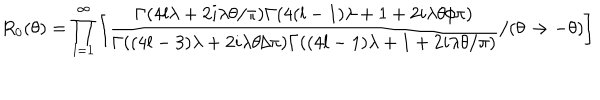
LaTeX: R _ { 0 } ( \theta ) = \prod _ { l = 1 } ^ { \infty } \left[ \frac { \Gamma ( 4 l \lambda + 2 i \lambda \theta / \pi ) \Gamma ( 4 ( l - 1 ) \lambda + 1 + 2 i \lambda \theta / \pi ) } { \Gamma ( ( 4 l - 3 ) \lambda + 2 i \lambda \theta / \pi ) \Gamma ( ( 4 l - 1 ) \lambda + 1 + 2 i \lambda \theta / \pi ) } / ( \theta \to - \theta ) \right]